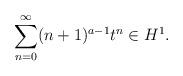
LaTeX: \begin{align*}\sum_{n=0}^{\infty} (n+1)^{a-1} t^n \in H^1.\end{align*}